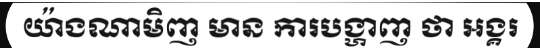
យ៉ាងណាមិញ មាន ការបង្ហាញ ថា អង្គរ